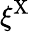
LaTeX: \xi^{\mathrm{X}}